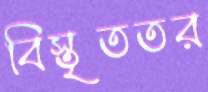
বিস্তৃততর